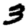
Digit: 3